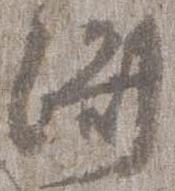
済